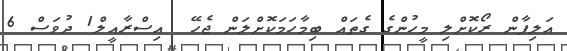
އަލިފާން ރޯކޮށްލި މީހުންގެ ގެތައް ބިމާހަމަކޮށްލަން ޖެހޭ  އިސްރާއީލް1 ދުވަސް 6